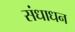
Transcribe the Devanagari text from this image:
संधाधन